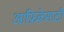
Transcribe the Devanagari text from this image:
आफ्रिकेसाठी